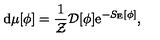
\mathrm { d } \mu [ \phi ] = \frac { 1 } { { \cal Z } } { \cal D } [ \phi ] \mathrm { e } ^ { - S _ { \mathrm { E } } [ \phi ] } ,